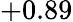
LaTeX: +0.89